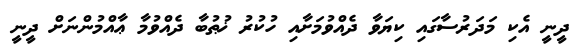
ދީނީ އެކި މަދަރުސާގައި ކިޔަވާ ދެއްވުމަށާއި ހުކުރު ޚުޠުބާ ދެއްވުމާ ޢާއްމުންނަށް ދީނީ